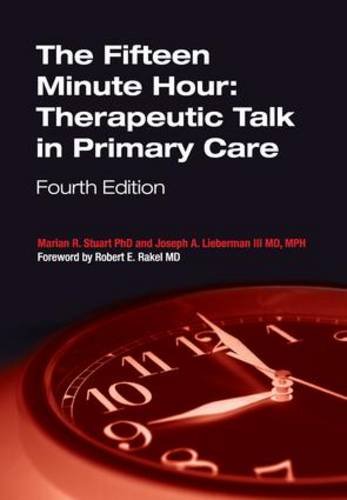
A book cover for The Fifteen Minute Hour: Therapeutic Talk in Primary Care; Marian R. Stuart; Medical Books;